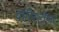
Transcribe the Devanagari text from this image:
करिस्टोफर